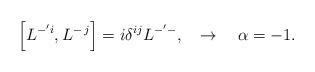
LaTeX: \begin{align*}\left[ L^{-^{\prime }i},L^{-\,j}\right] =i\delta ^{ij}L^{-^{\prime }-},\quad\rightarrow \quad \alpha =-1.\end{align*}